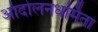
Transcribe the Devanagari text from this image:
आंदोलनधर्मिता